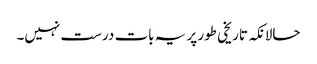
حالانکہ تاریخی طور پر یہ بات درست نہیں۔